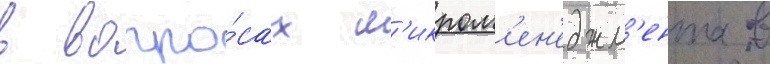
в вопро́сах м'икром'ен'еджм'ента в